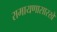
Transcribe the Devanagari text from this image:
रामायणासारखे